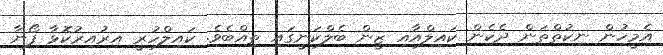
އެމީހުން ނިކުތްތަން ދެކެން ކައިލްއާއި ޒީން ބެލްކަނީގައި ތިއްބެވެ. ކައިލްހުރީ އިރުއިރުކޮޅާ ފޯނާ